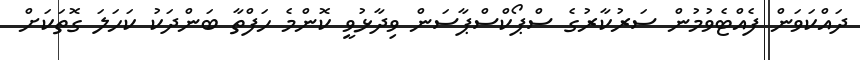
ދައްކަވަން ފެއްޓެވުމުން ސަރުކާރުގެ ސްޕޯކްސްޕާސަން ވިދާޅުވީ ކޮންމެ ހަފްތާ ބަންދަކު ކަހަލަ ގޮތަކަށް